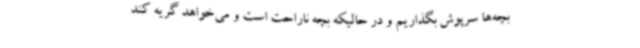
بچه‌ها سرپوش بگذاریم و در حالیکه بچه ناراحت است و می‌خواهد گریه کند